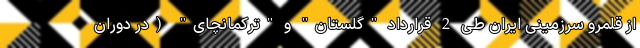
از قلمرو سرزمینی ایران طی 2 قرارداد "گلستان" و "ترکمانچای" (در دوران